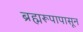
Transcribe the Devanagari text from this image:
ब्रह्मरूपापासून